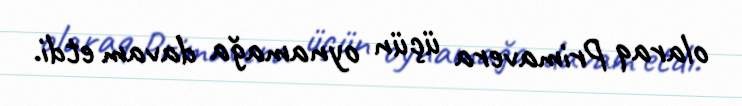
olaraq Primavera üçün oynamağa davam etdi.